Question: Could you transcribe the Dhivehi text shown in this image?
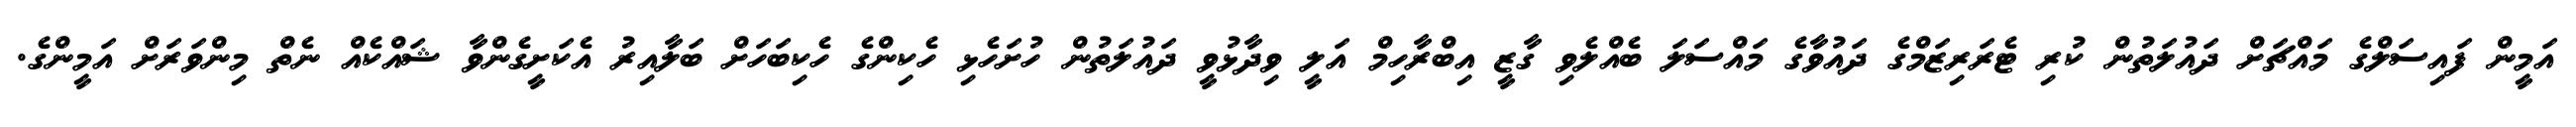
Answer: އަމީން ފައިސަލްގެ މައްޗަށް ދައުލަތުން ކުރި ޓެރަރިޒަމްގެ ދައުވާގެ މައްސަލަ ބެއްލެވި ގާޒީ އިބްރާހިމް އަލީ ވިދާޅުވީ ދައުލަތުން ހުށަހެޅި ހެކިންގެ ހެކިބަހަށް ބަލާއިރު އެކަށީގެންވާ ޝައްކެއް ނެތް މިންވަރަށް އަމީންގެ.